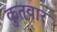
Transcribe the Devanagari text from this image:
कुतवार